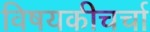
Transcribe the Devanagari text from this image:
विषयकीचर्चा